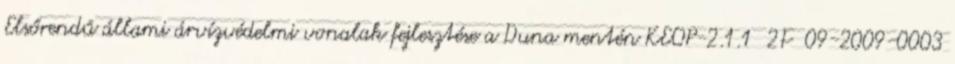
Elsőrendű állami árvízvédelmi vonalak fejlesztése a Duna mentén KEOP-2.1.1 2F 09-2009-0003